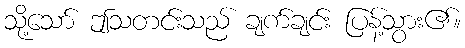
သို့သော် ဤသတင်းသည် ချက်ချင်း ပြန့်သွား၏။